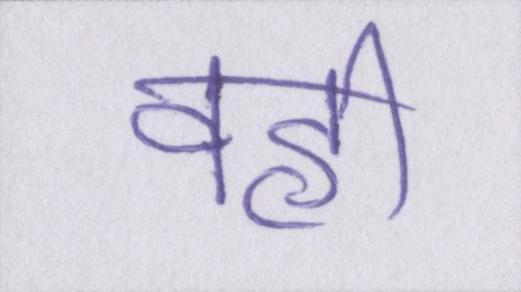
वही